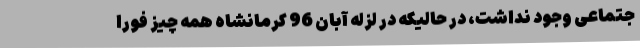
جتماعی وجود نداشت، در حالیکه در لزله آبان 96 کرمانشاه همه چیز فورا